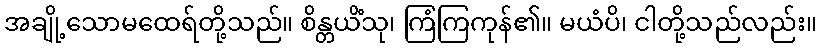
အချို့သောမထေရ်တို့သည်။ စိန္တယိံသု၊ ကြံကြကုန်၏။ မယံပိ၊ ငါတို့သည်လည်း။